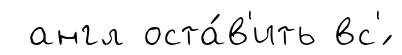
англ оста́в'ить вс'́